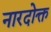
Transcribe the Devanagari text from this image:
नारदोक्त